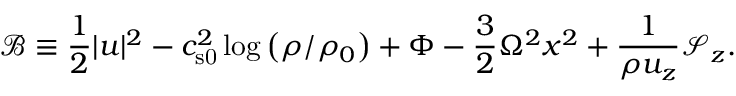
\mathcal { B } \equiv \frac { 1 } { 2 } | \boldsymbol { u } | ^ { 2 } - c _ { \mathrm { s 0 } } ^ { 2 } \log { \left( \rho / \rho _ { 0 } \right) } + \Phi - \frac { 3 } { 2 } \Omega ^ { 2 } x ^ { 2 } + \frac { 1 } { \rho u _ { z } } \mathcal { S } _ { z } .